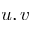
u , v